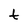
Character: t